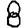
Digit: 8